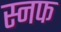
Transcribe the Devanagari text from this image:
स्नफ